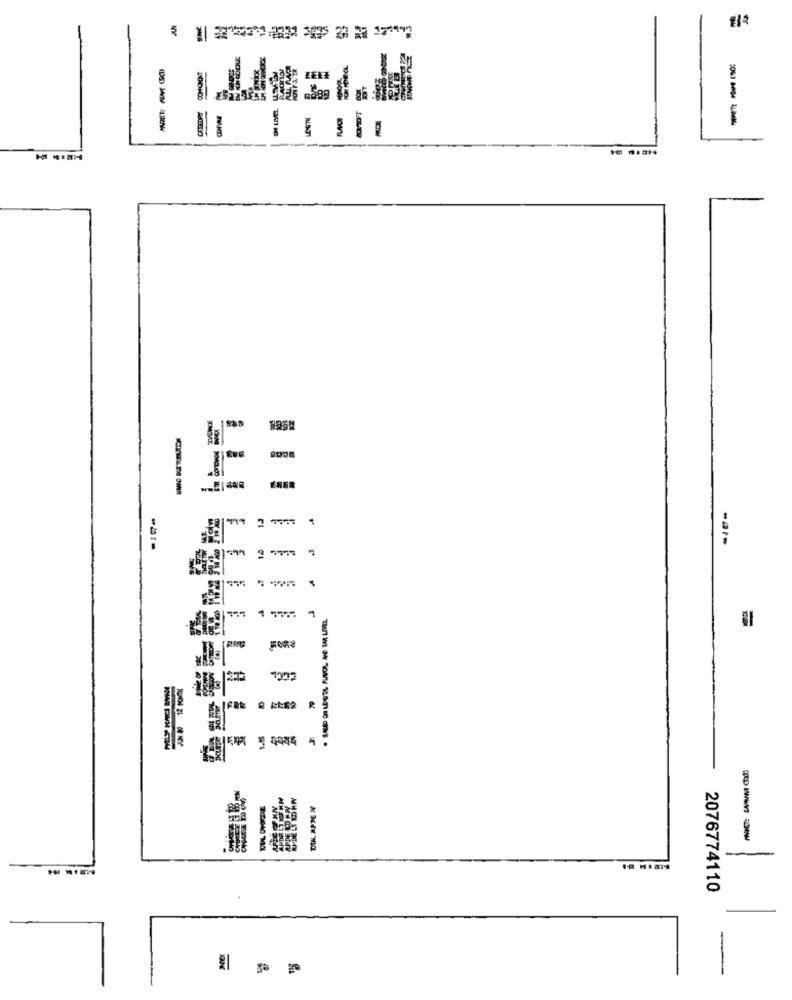
nog
10
ta
2 577
F
R
UPDE LI LD HWY
2076774110